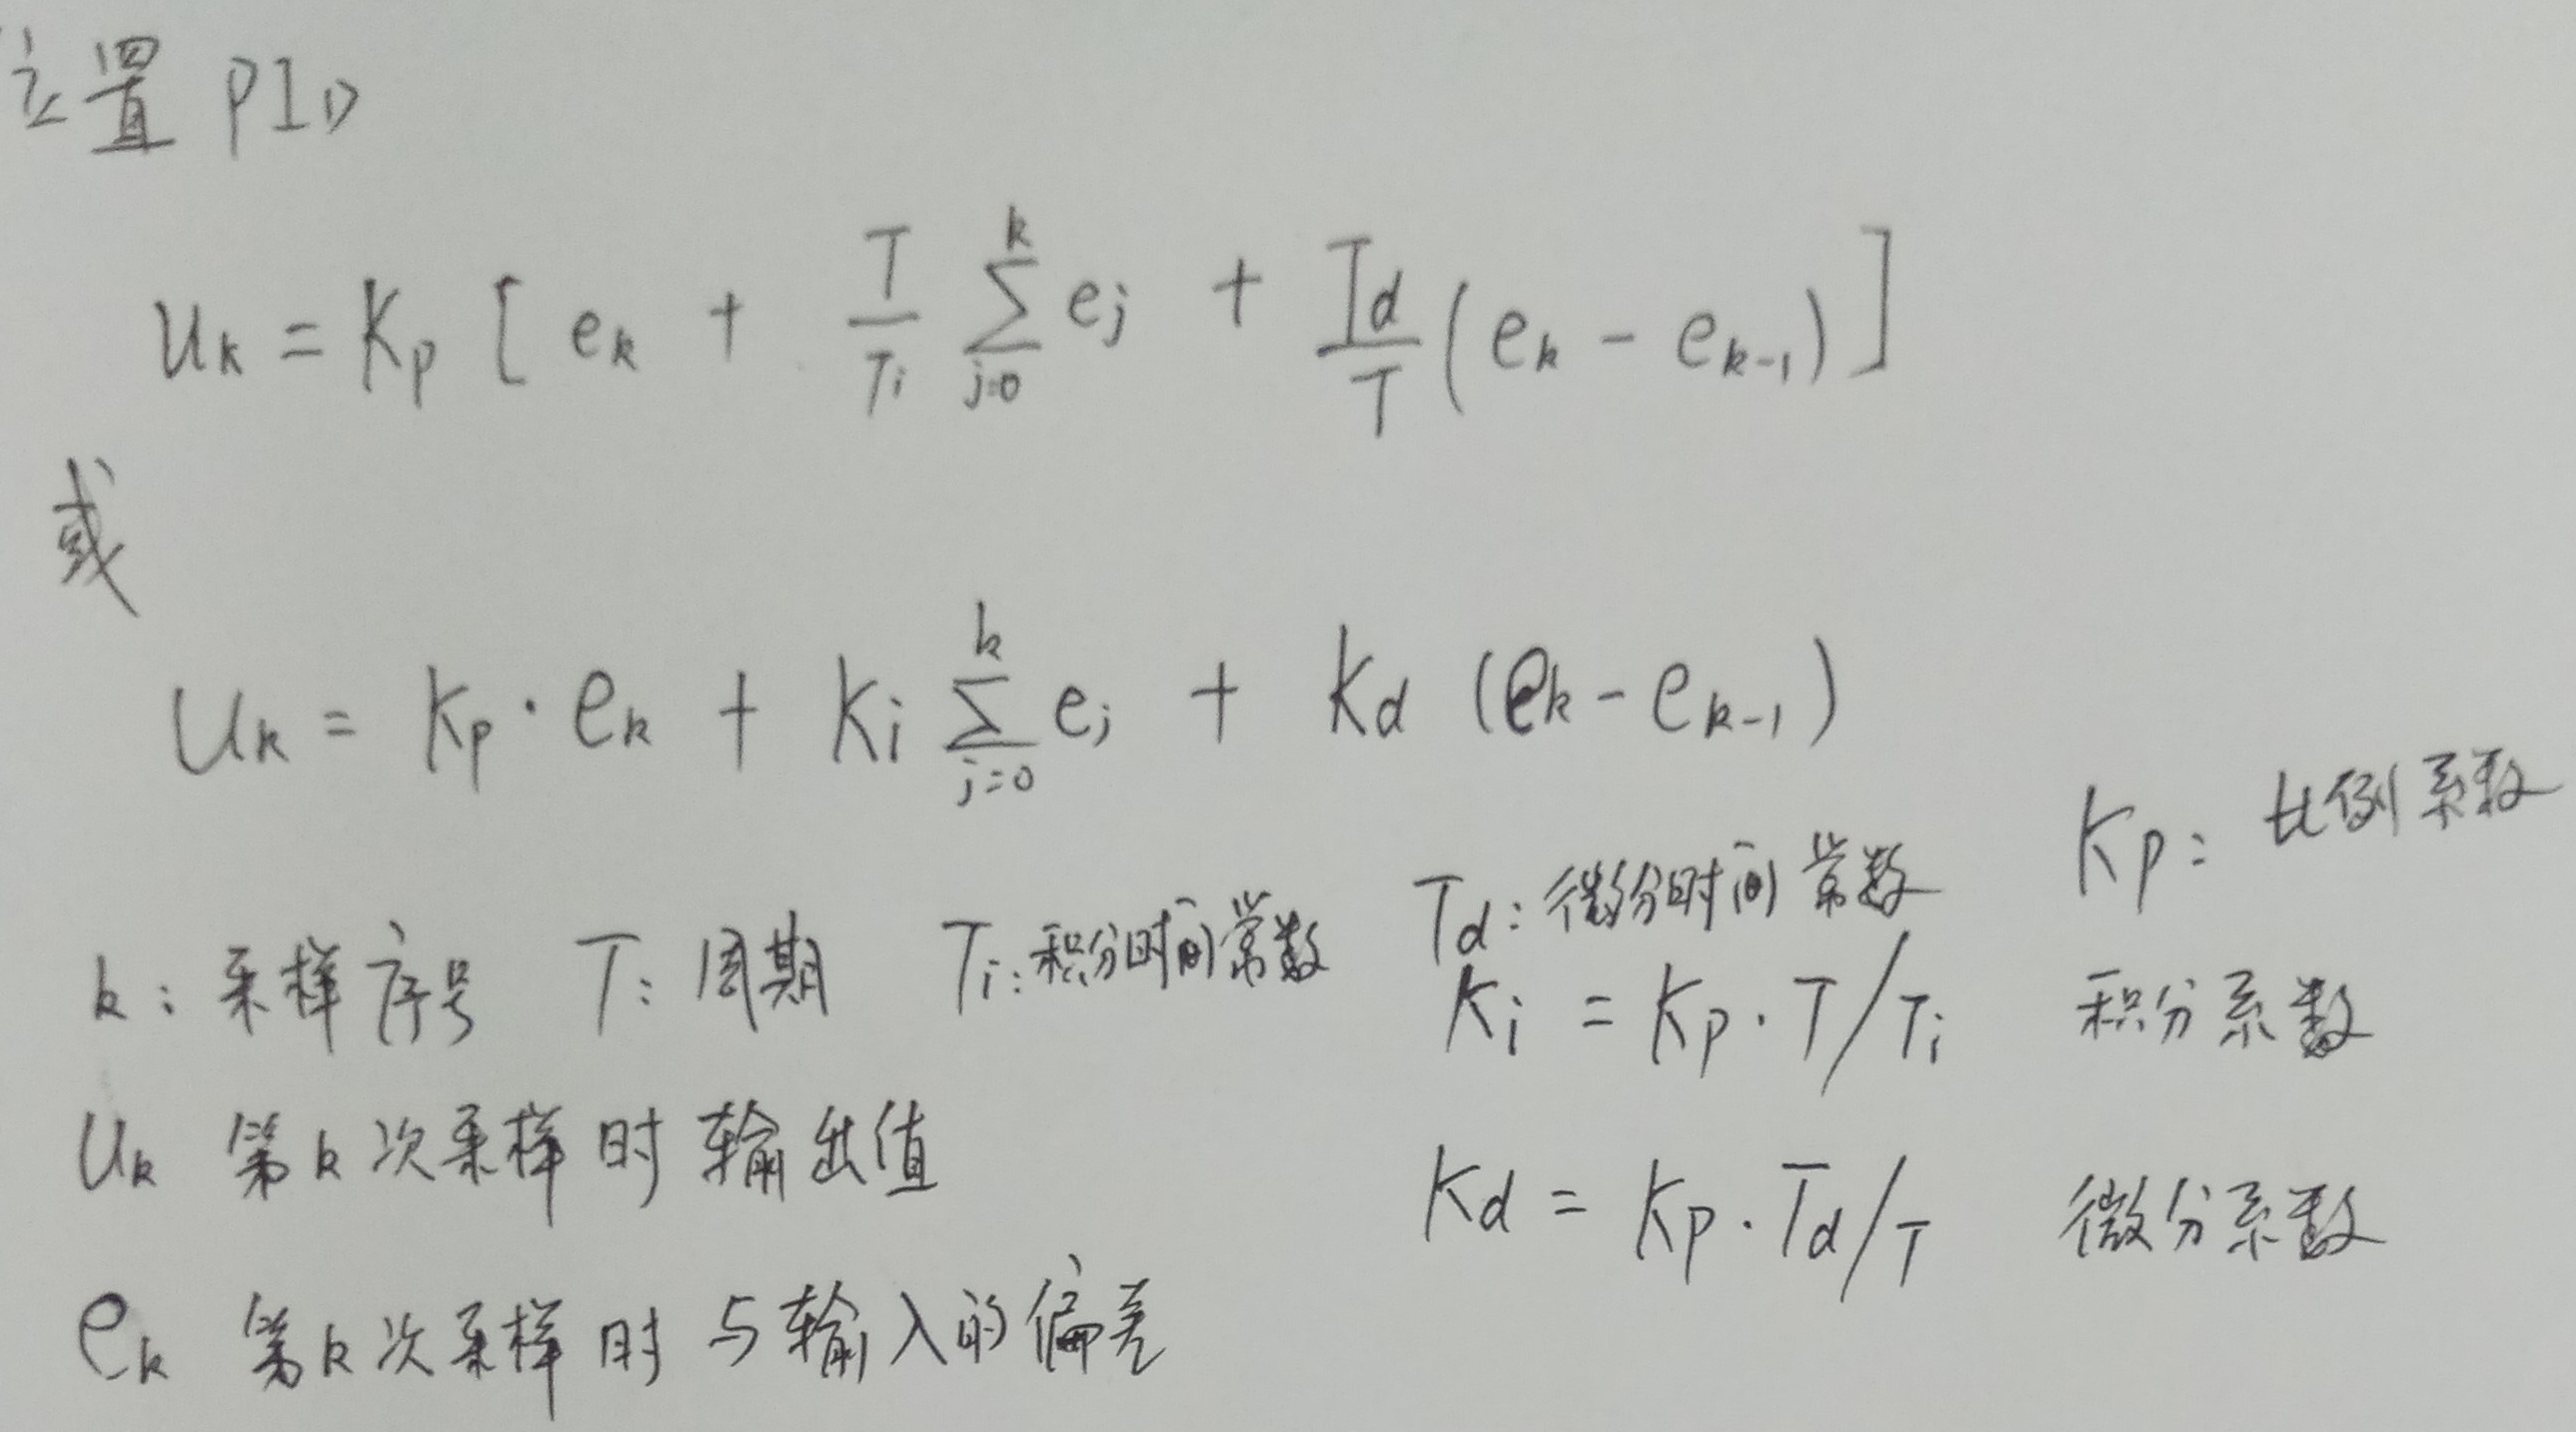
位置PID
\[u_k = K_p \left[ e_k + \frac{T}{T_i} \sum_{j = 0}^{k} e_j + \frac{T_d}{T}(e_k - e_{k - 1})\right]\]
或
\[u_k = K_p \cdot e_k + K_i \sum_{j = 0}^{k} e_j + K_d (e_k - e_{k - 1})\]

\(k\)：采样序号
\(T\)：周期
\(T_i\)：积分时间常数
\(T_d\)：微分时间常数
\(K_p\)：比例系数
\(u_k\)：第\(k\)次采样时输出值
\(K_i = K_p\cdot T/T_i\)：积分系数
\(e_k\)：第\(k\)次采样时与输入的偏差
\(K_d = K_p\cdot T_d/T\)：微分系数